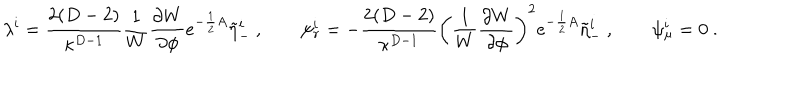
\lambda ^ { i } = { \frac { 2 ( D - 2 ) } { \kappa ^ { D - 1 } } } { \frac { 1 } { W } } { \frac { \partial W } { \partial \phi } } e ^ { - { \frac { 1 } { 2 } } A } \tilde { \eta } _ { - } ^ { i } \ , \qquad \psi _ { r } ^ { i } = - { \frac { 2 ( D - 2 ) } { \kappa ^ { D - 1 } } } \left( { \frac { 1 } { W } } { \frac { \partial W } { \partial \phi } } \right) ^ { 2 } e ^ { - { \frac { 1 } { 2 } } A } \tilde { \eta } _ { - } ^ { i } \ , \qquad \psi _ { \mu } ^ { i } = 0 \ .